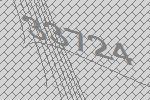
33724